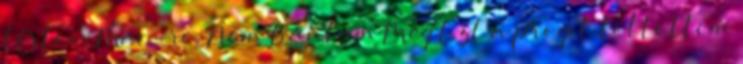
tértem Mac-re. Nem Bántam Meg Ezt a progit töltöttem